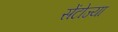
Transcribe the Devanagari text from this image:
सेंटोज्या